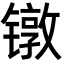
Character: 镦